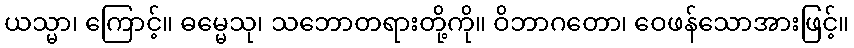
ယသ္မာ၊ ကြောင့်။ ဓမ္မေသု၊ သဘောတရားတို့ကို။ ဝိဘာဂတော၊ ဝေဖန်သောအားဖြင့်။